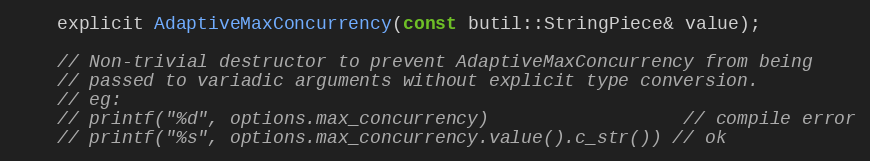
Language: C
    explicit AdaptiveMaxConcurrency(const butil::StringPiece& value);

    // Non-trivial destructor to prevent AdaptiveMaxConcurrency from being
    // passed to variadic arguments without explicit type conversion.
    // eg:
    // printf("%d", options.max_concurrency)                  // compile error
    // printf("%s", options.max_concurrency.value().c_str()) // ok